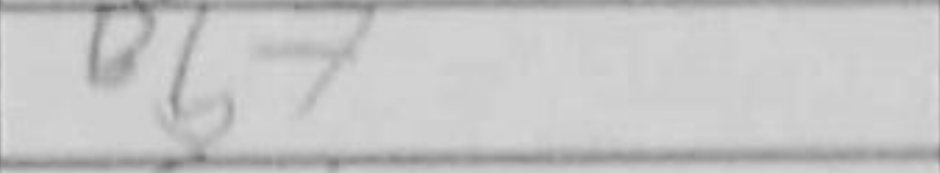
Transcription: Bb7